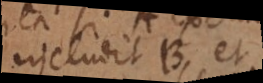
includit B, et